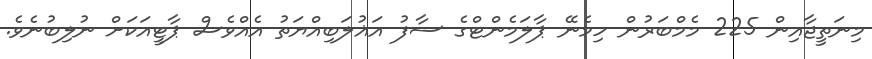
މިނަތީޖާއިން 225 މެމްބަރުން ހިމެނޭ ޕާލަމެންޓްގެ ސާފު އަޣުލަބިއްޔަތު އެއްވެސް ޕާޓީއަކަށް ނުލިބުނެވެ.